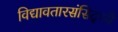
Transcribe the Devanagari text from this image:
विद्यावतारसंसिद्ध्यै